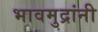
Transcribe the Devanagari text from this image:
भावमुद्रांनी